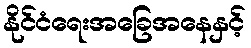
နိုင်ငံရေးအခြေအနေနှင့်